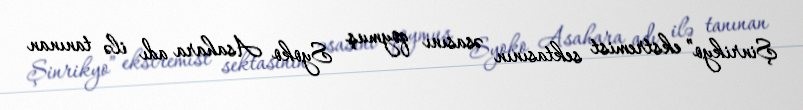
Şinrikyo” ekstremist sektasının əsasını qoymuş Syoko Asahara adı ilə tanınan